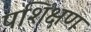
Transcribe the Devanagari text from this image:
पशिक्षण